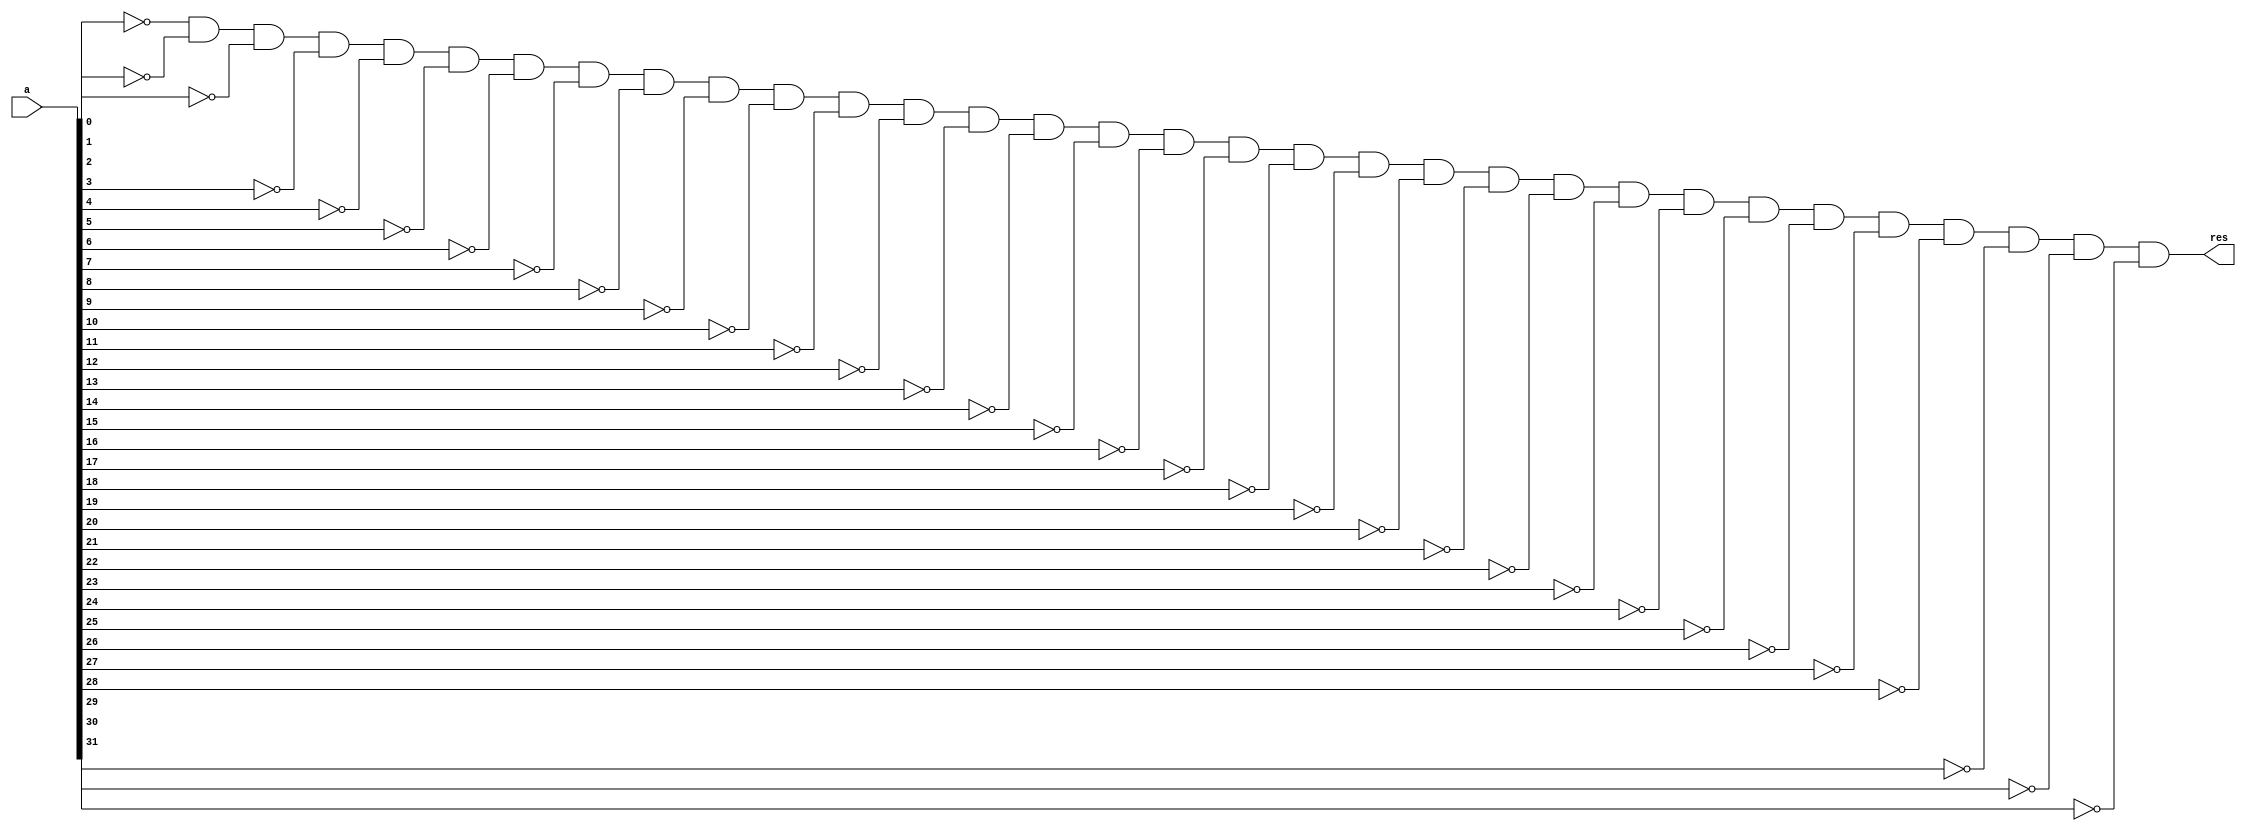
module is_zero(a,res);
	input[31:0] a;
	output res;
	wire[31:0] tmp1,tmp2;
	
	or(tmp1[0], a[0],0);
	or(tmp1[1], a[1],0);
	or(tmp1[2], a[2],0);
	or(tmp1[3], a[3],0);
	or(tmp1[4], a[4],0);
	or(tmp1[5], a[5],0);
	or(tmp1[6], a[6],0);
	or(tmp1[7], a[7],0);
	or(tmp1[8], a[8],0);
	or(tmp1[9], a[9],0);
	or(tmp1[10], a[10],0);
	or(tmp1[11], a[11],0);
	or(tmp1[12], a[12],0);
	or(tmp1[13], a[13],0);
	or(tmp1[14], a[14],0);
	or(tmp1[15], a[15],0);
	or(tmp1[16], a[16],0);
	or(tmp1[17], a[17],0);
	or(tmp1[18], a[18],0);
	or(tmp1[19], a[19],0);
	or(tmp1[20], a[20],0);
	or(tmp1[21], a[21],0);
	or(tmp1[22], a[22],0);
	or(tmp1[23], a[23],0);
	or(tmp1[24], a[24],0);
	or(tmp1[25], a[25],0);
	or(tmp1[26], a[26],0);
	or(tmp1[27], a[27],0);
	or(tmp1[28], a[28],0);
	or(tmp1[29], a[29],0);
	or(tmp1[30], a[30],0);
	or(tmp1[31], a[31],0);
	
	
	not(tmp2[0],  tmp1[0]);
	not(tmp2[1],  tmp1[1]);
	not(tmp2[2],  tmp1[2]);
	not(tmp2[3],  tmp1[3]);
	not(tmp2[4],  tmp1[4]);
	not(tmp2[5],  tmp1[5]);
	not(tmp2[6],  tmp1[6]);
	not(tmp2[7],  tmp1[7]);
	not(tmp2[8],  tmp1[8]);
	not(tmp2[9],  tmp1[9]);
	not(tmp2[10], tmp1[10]);
	not(tmp2[11], tmp1[11]);
	not(tmp2[12], tmp1[12]);
	not(tmp2[13], tmp1[13]);
	not(tmp2[14], tmp1[14]);
	not(tmp2[15], tmp1[15]);
	not(tmp2[16], tmp1[16]);
	not(tmp2[17], tmp1[17]);
	not(tmp2[18], tmp1[18]);
	not(tmp2[19], tmp1[19]);
	not(tmp2[20], tmp1[20]);
	not(tmp2[21], tmp1[21]);
	not(tmp2[22], tmp1[22]);
	not(tmp2[23], tmp1[23]);
	not(tmp2[24], tmp1[24]);
	not(tmp2[25], tmp1[25]);
	not(tmp2[26], tmp1[26]);
	not(tmp2[27], tmp1[27]);
	not(tmp2[28], tmp1[28]);
	not(tmp2[29], tmp1[29]);
	not(tmp2[30], tmp1[30]);
	not(tmp2[31], tmp1[31]);
	
	and(res,tmp2[0],tmp2[1],tmp2[2],tmp2[3],tmp2[4],tmp2[5],tmp2[6],tmp2[7],tmp2[8],tmp2[9],tmp2[10],tmp2[11],tmp2[12],tmp2[13],tmp2[14],tmp2[15],tmp2[16],tmp2[17],tmp2[18],tmp2[19],tmp2[20],tmp2[21],tmp2[22],tmp2[23],tmp2[24],tmp2[25],tmp2[26],tmp2[27],tmp2[28],tmp2[29],tmp2[30],tmp2[31]);
endmodule